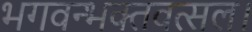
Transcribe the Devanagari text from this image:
भगवन्भक्तवत्सल।